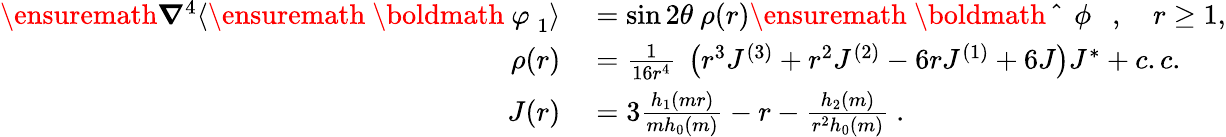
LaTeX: \begin{array}{rl}{\ensuremath{\boldsymbol{\nabla}}^{4}\langle\ensuremath{\mathrm{~\boldmath~\varphi~}}_{1}\rangle}&{{}=\sin 2\theta~\rho(r)\ensuremath{\mathrm{~\boldmath~\hat{~}{~{~\phi~}~}~}},~~~~r\geq 1,}\\ {\rho(r)}&{{}=\frac{1}{16r^{4}}~\left(r^{3}J^{(3)}+r^{2}J^{(2)}-6rJ^{(1)}+6J\right)J^{*}+c.c.}\\ {J(r)}&{{}=3\frac{h_{1}(mr)}{mh_{0}(m)}-r-\frac{h_{2}(m)}{r^{2}h_{0}(m)}~.}\end{array}